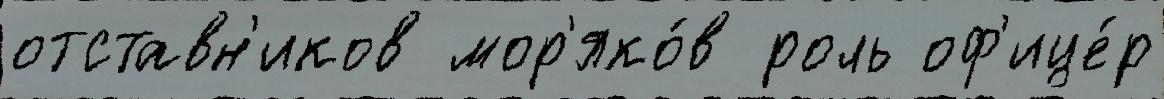
отставн'иков мор'яко́в роль оф'ице́р